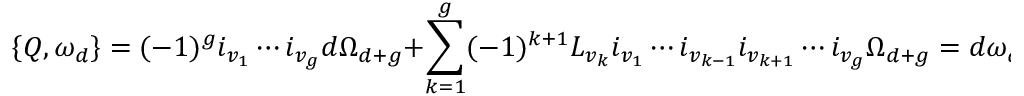
\{ { \cal Q } , \omega _ { d } \} = ( - 1 ) ^ { g } i _ { v _ { 1 } } \cdots i _ { v _ { g } } d \Omega _ { d + g } + \sum _ { k = 1 } ^ { g } ( - 1 ) ^ { k + 1 } { \cal L } _ { v _ { k } } i _ { v _ { 1 } } \cdots i _ { v _ { k - 1 } } i _ { v _ { k + 1 } } \cdots i _ { v _ { g } } \Omega _ { d + g } = d \omega _ { d } .